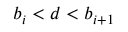
b _ { i } < d < b _ { i + 1 }